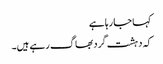
کہا جا رہا ہے
کہ دہشت گرد بھاگ رہے ہیں۔